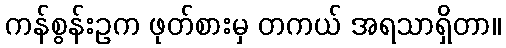
ကန်စွန်းဥက ဖုတ်စားမှ တကယ် အရသာရှိတာ။